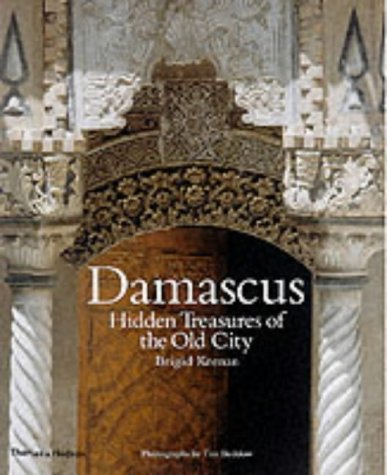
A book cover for Damascus: Hidden Treasures of the Old City; Brigid Keenan; Travel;